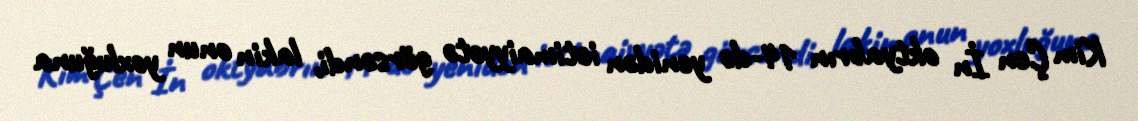
Kim Çen İn oktyabrın 14-də yenidən ictimaiyyətə görsəndi, lakin onun yoxluğuna